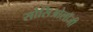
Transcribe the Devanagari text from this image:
सोसिओलॉजी